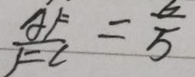
\frac { A F } { F C } = \frac { 6 } { 5 }